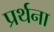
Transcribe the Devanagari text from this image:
प्रर्थना